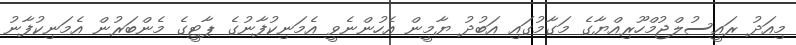
މިއަދު ރައީސުލްޖުމްހޫރިއްޔާގެ މަގާމުގައި އަބުދު ޔާމީން އެހުންނެވީ އެމަނިކުފާނުގެ ޕާޓީގެ މެންބަރުން އެމަނިކުފާނު